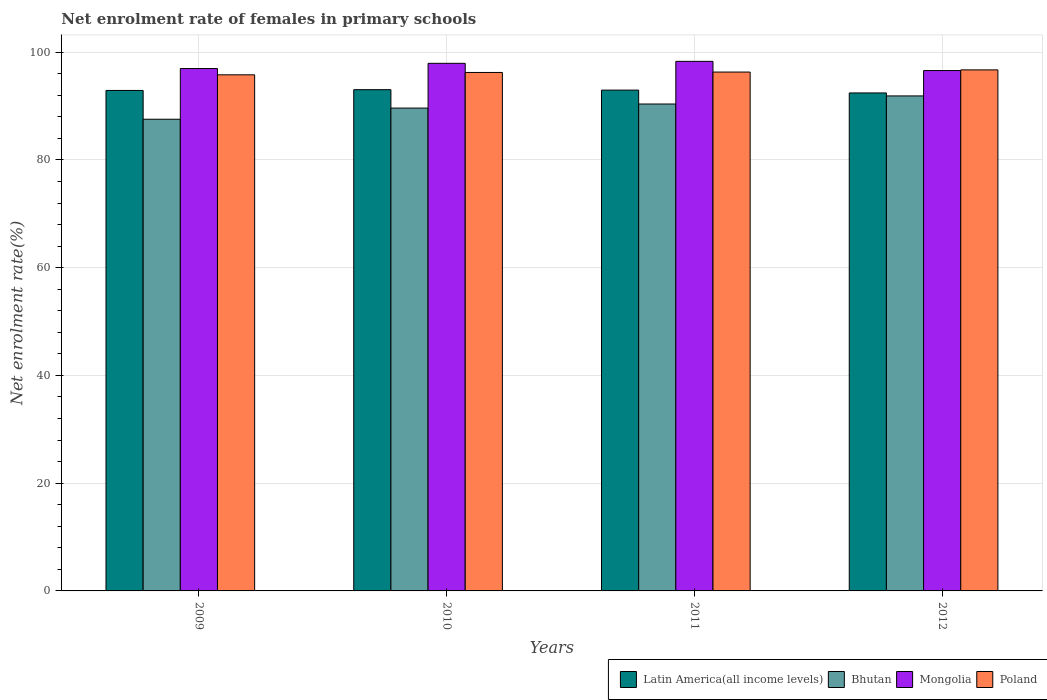
| Years | Latin America(all income levels) | Bhutan | Mongolia | Poland |
 | --- | --- | --- | --- | --- |
 | 2009 | 92.9 | 87.6 | 97 | 95.8 |
 | 2010 | 93.1 | 89.6 | 97.9 | 96.2 |
 | 2011 | 93 | 90.4 | 98.3 | 96.3 |
 | 2012 | 92.4 | 91.9 | 96.6 | 96.7 |